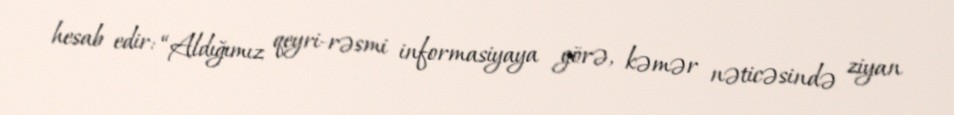
hesab edir: “Aldığımız qeyri-rəsmi informasiyaya görə, kəmər nəticəsində ziyan